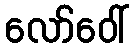
လော်ဝေါ်